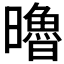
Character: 𣋼